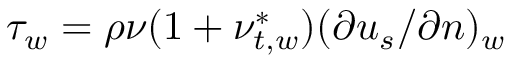
\tau _ { w } = \rho \nu ( 1 + \nu _ { t , w } ^ { * } ) ( \partial { u _ { s } } / \partial { n } ) _ { w }